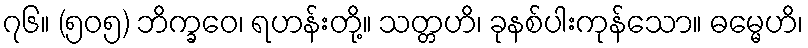
၇၆။ (၅၀၅) ဘိက္ခဝေ၊ ရဟန်းတို့။ သတ္တဟိ၊ ခုနစ်ပါးကုန်သော။ ဓမ္မေဟိ၊